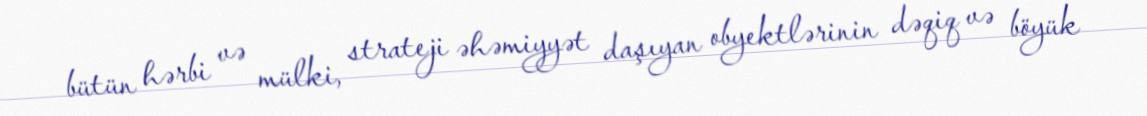
bütün hərbi və mülki, strateji əhəmiyyət daşıyan obyektlərinin dəqiq və böyük